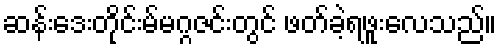
ဆန်းဒေးတိုင်းမ်မဂ္ဂဇင်းတွင် ဖတ်ခဲ့ရဖူးလေသည်။